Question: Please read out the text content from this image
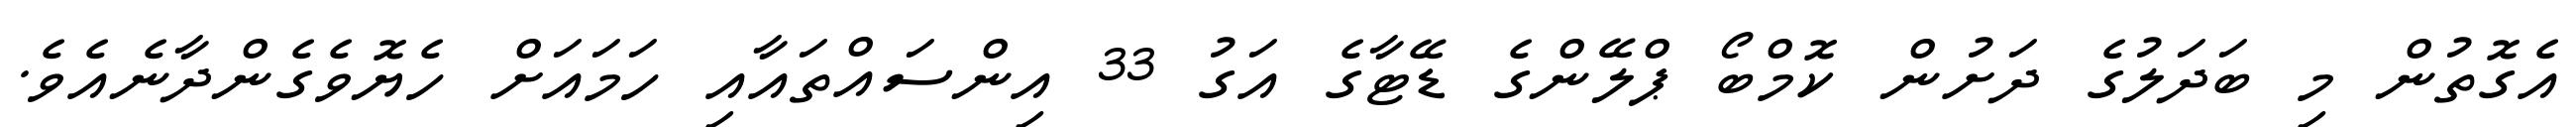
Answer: އެގޮތުން މި ބަދަލުގެ ދަށުން ކޮމްބޯ ޕްލޭންގެ ޑޭޓާގެ އަގު 33 އިންސައްތައާއި ހަމައަށް ހެޔޮވެގެންދާނެއެވެ.